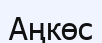
Аңкөс